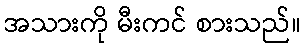
အသားကို မီးကင် စားသည်။